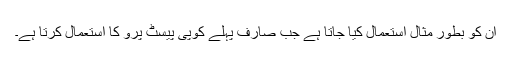
ان کو بطور مثال استعمال کیا جاتا ہے جب صارف پہلے کوپی پیسٹ پرو کا استعمال کرتا ہے۔